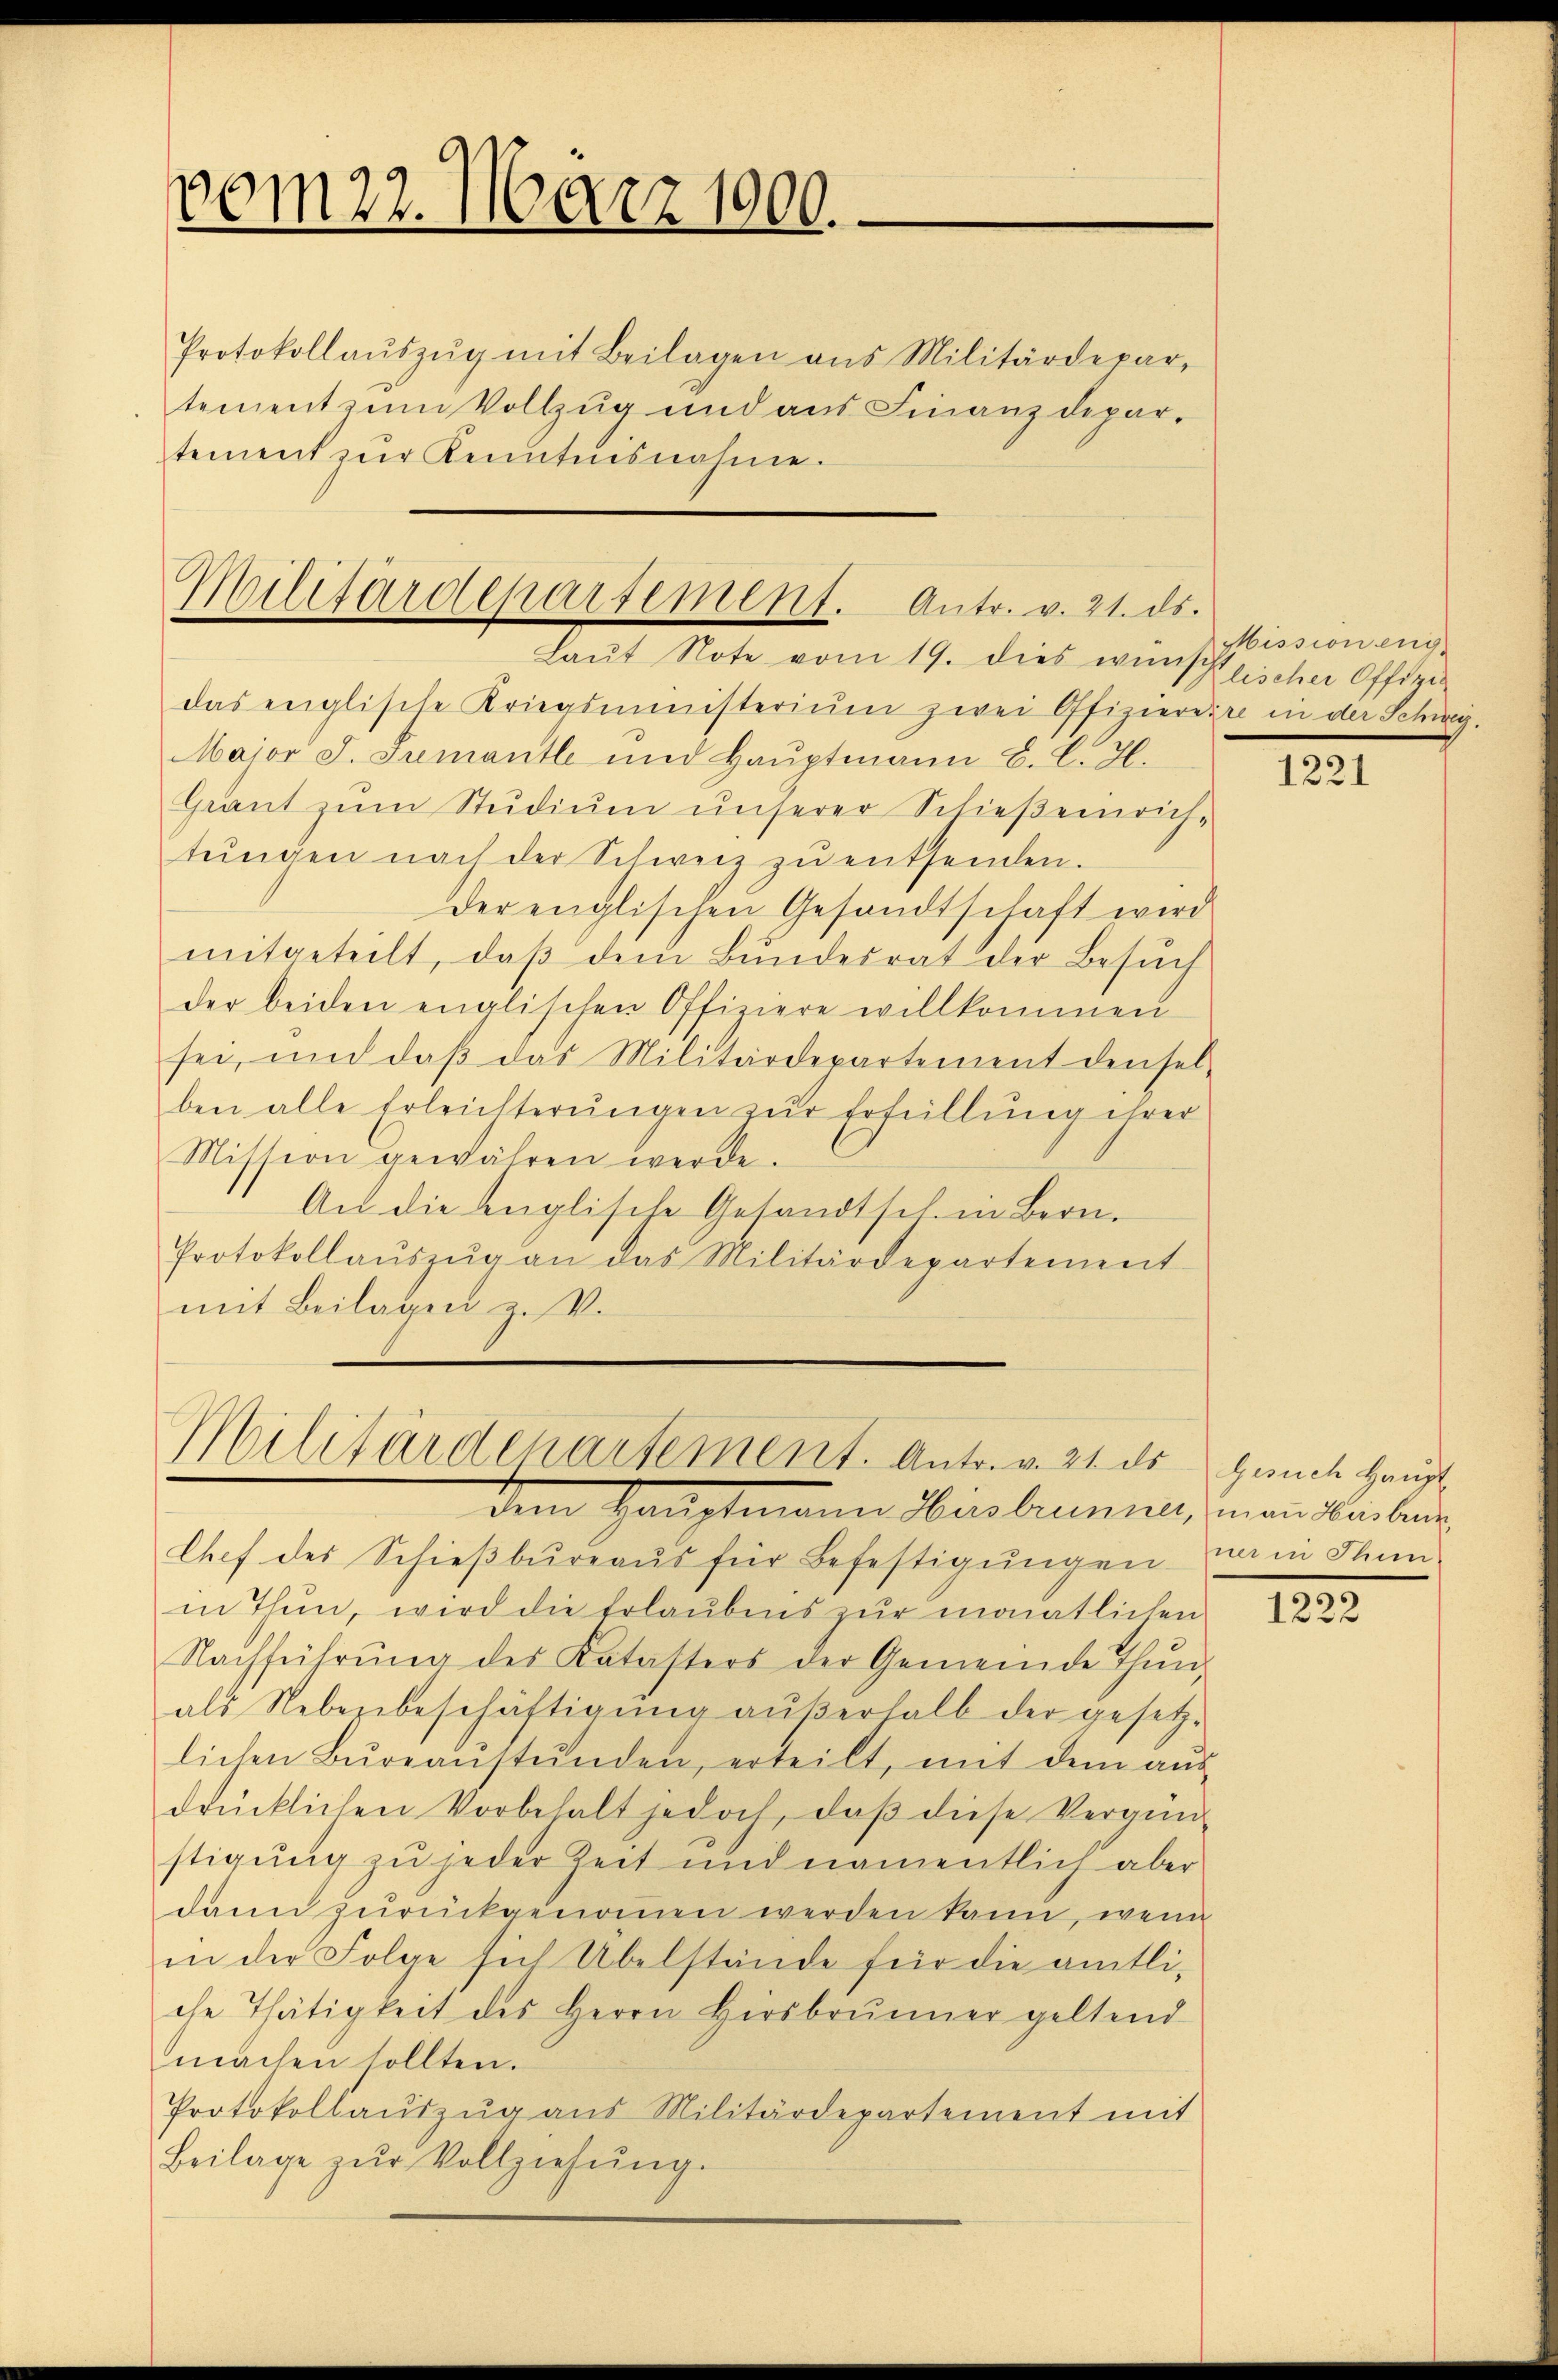
vom 22. März 1900.

Protokollaŭszŭg mit Beilagen ans Militärdepar-
tement zum Vollzug und aus Finanzdepartement zŭr Kenntnisnahme.

Militärdepartement. Antr. v. 21. ds.

Laŭt Note vom 19. dies wünschlischer Offizie
das englische Kriegsministerium zwei Offizierere in der Schwy¬
Major J. Srementle und Hauptmann B. C. H.
Grant zum Studium unserer Schießeinrichtŭngen nach der Schweiz zŭ entsenden.
der englischen Gesandtschaft wird
mitgeteilt, daß dem Bundesrat der Besuch
der beiden englischen Offiziere willkommen
sei, und daβ das Militärdepartement densel-
ben alle Erleichterungen zur Erfüllung ihrer
Mission gewähren werde.
An die Englische Gesandtsch. in Bern.
Protokollaŭszŭg an das Militärdepartement
mit Beilagen z. V.

Militärdepartement. Antr. v. 21. ds

dem Hauptmann Wirsbrunner, man beiben
Chef des Schieβbüreaŭs für Befestigŭngen in Thun-
in Thun, wird die Erlaubnis zur monatlichen
Nachführŭng des Katasters der Gemeinde Thun,
als Nebenbeschäftigŭng aŭβerhalb der gesetz-
lichen Büreaŭstŭnden, erteilt, mit dem aŭs
drücklichen Vorbehalt jedoch, daβ diese Vergün-
stigung zu jeder Zeit und namentlich aber
dann zurückgenommen werden kann, wenn
in der Folge sich Übelstände für die amtliche Thätigkeit des Herrn Hersbrunner geltend
machen sollten.
Protokollaŭszŭg ans Militärdepartement mit
Beilage zŭr Vollziehŭng.

Missioneng

1221

Gesuch Haupt

1222